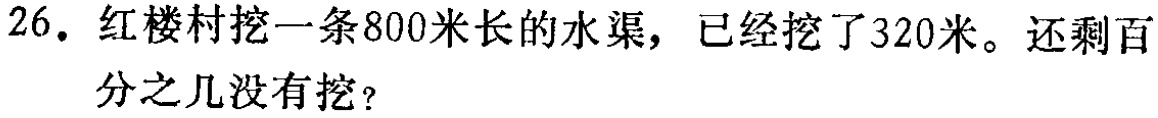
26. 红楼村挖一条800米长的水渠，已经挖了320米。还剩百分之几没有挖？